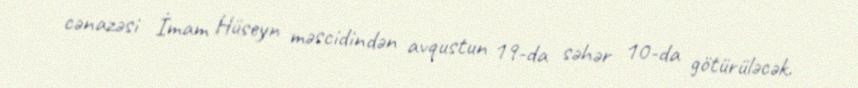
cənazəsi İmam Hüseyn məscidindən avqustun 19-da səhər 10-da götürüləcək.